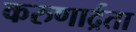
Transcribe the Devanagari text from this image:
करुणार्द्रता